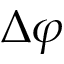
\Delta \varphi